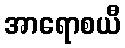
အာရောစယီ